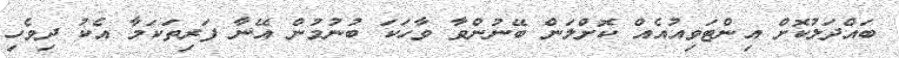
ބައްދަލުކޮށް އިންޓަވިއުއެއް ކޮށްލަން ބޭނުންވާ ވާހަކަ ބުނުމުން އޭނާ ފަރިތަކަމާ އެކު ދިވެހި